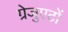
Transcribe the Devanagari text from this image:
ग्रेजुएटों